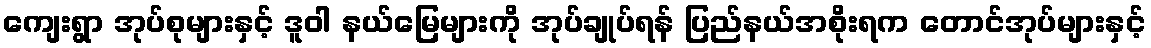
ကျေးရွာ အုပ်စုများနှင့် ဒူဝါ နယ်မြေများကို အုပ်ချုပ်ရန် ပြည်နယ်အစိုးရက တောင်အုပ်များနှင့်